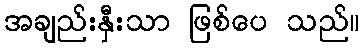
အချည်းနှီးသာ ဖြစ်ပေ သည်။